Annual administration report of the Civil Veterinary Department, Sind - 1943-1944
Year: 1943
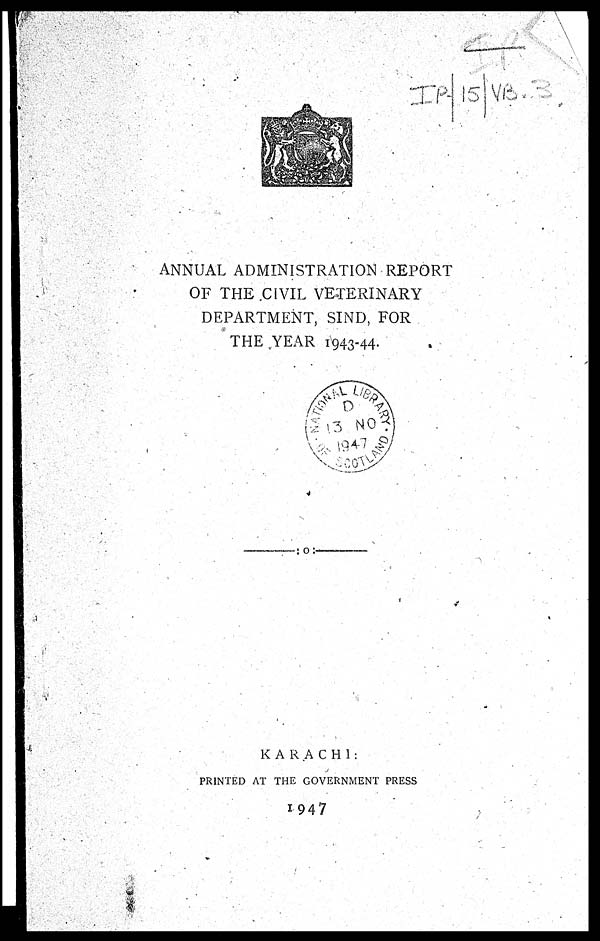
ANNUAL ADMINISTRATION REPORT
OF THE CIVIL VETERINARY
DEPARTMENT, SIND, FOR
THE YEAR 1943-44.
KARACHI:
PRINTED AT THE GOVERNMENT PRESS
1947